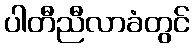
ပါတီညီလာခံတွင်